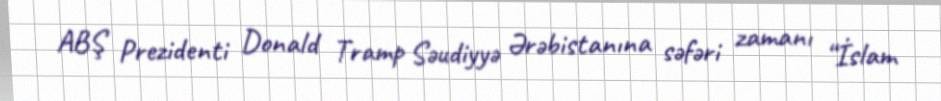
ABŞ Prezidenti Donald Tramp Səudiyyə Ərəbistanına səfəri zamanı “İslam